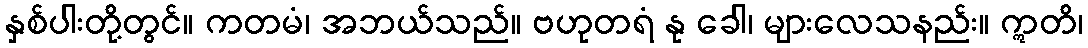
နှစ်ပါးတို့တွင်။ ကတမံ၊ အဘယ်သည်။ ဗဟုတရံ နု ခေါ၊ များလေသနည်း။ ဣတိ၊